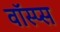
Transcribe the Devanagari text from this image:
वॉस्प्स